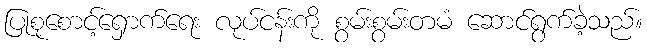
ပြုစုစောင့်ရှောက်ရေး လုပ်ငန်းကို စွမ်းစွမ်းတမံ ဆောင်ရွက်ခဲ့သည်။